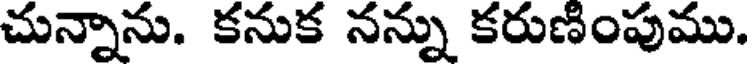
చున్నాను. కనుక నన్ను కరుణింపుము.